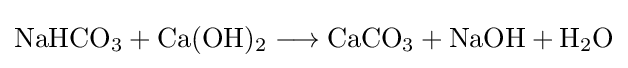
{\mathrm {NaHCO} {\vphantom {A}}_{\smash[{t}]{3}}{}+{}\mathrm {Ca} (\mathrm {OH} ){\vphantom {A}}_{\smash[{t}]{2}}{}\mathrel {\longrightarrow } {}\mathrm {CaCO} {\vphantom {A}}_{\smash[{t}]{3}}{}+{}\mathrm {NaOH} {}+{}\mathrm {H} {\vphantom {A}}_{\smash[{t}]{2}}\mathrm {O} }